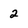
Character: 2